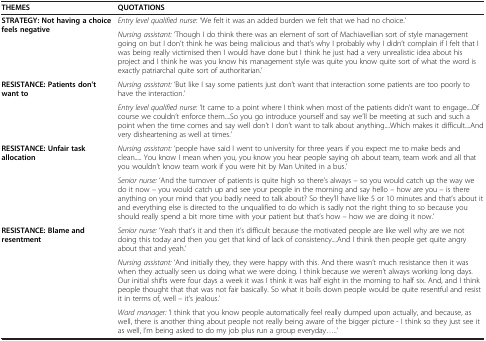
<table><thead><tr><td><b>THEMES</b></td><td><b>QUOTATIONS</b></td></tr></thead><tbody><tr><td rowspan="2"><b>STRATEGY: Not having a choice feels negative</b></td><td><i>Entry level qualified nurse:</i> ‘We felt it was an added burden we felt that we had no choice.’</td></tr><tr><td><i>Nursing assistant:</i> ‘Though I do think there was an element of sort of Machiavellian sort of style management going on but I don’t think he was being malicious and that’s why I probably why I didn’t complain if I felt that I was being really victimised then I would have done but I think he just had a very unrealistic idea about his project and I think he was you know his management style was quite you know quite sort of what the word is exactly patriarchal quite sort of authoritarian.’</td></tr><tr><td rowspan="2"><b>RESISTANCE: Patients don&#x27;t want to</b></td><td><i>Nursing assistant:</i> ‘But like I say some patients just don’t want that interaction some patients are too poorly to have the interaction.’</td></tr><tr><td><i>Entry level qualified nurse:</i> ‘It came to a point where I think when most of the patients didn’t want to engage....Of course we couldn’t enforce them....So you go introduce yourself and say we’ll be meeting at such and such a point when the time comes and say well don’t I don’t want to talk about anything....Which makes it difficult....And very disheartening as well at times.’</td></tr><tr><td rowspan="2"><b>RESISTANCE: Unfair task allocation</b></td><td><i>Nursing assistant:</i> ‘people have said I went to university for three years if you expect me to make beds and clean..... You know I mean when you, you know you hear people saying oh about team, team work and all that you wouldn’t know team work if you were hit by Man United in a bus.’</td></tr><tr><td><i>Senior nurse:</i> ‘And the turnover of patients is quite high so there’s always – so you would catch up the way we do it now – you would catch up and see your people in the morning and say hello – how are you – is there anything on your mind that you badly need to talk about? So they’ll have like 5 or 10 minutes and that’s about it and everything else is directed to the unqualified to do which is sadly not the right thing to so because you should really spend a bit more time with your patient but that’s how – how we are doing it now.’</td></tr><tr><td rowspan="2"><b>RESISTANCE: Blame and resentment</b></td><td><i>Senior nurse:</i> ‘Yeah that’s it and then it’s difficult because the motivated people are like well why are we not doing this today and then you get that kind of lack of consistency....And I think then people get quite angry about that and yeah.’</td></tr><tr><td><i>Nursing assistant:</i> ‘And initially they, they were happy with this. And there wasn’t much resistance then it was when they actually seen us doing what we were doing. I think because we weren’t always working long days. Our initial shifts were four days a week it was I think it was half eight in the morning to half six. And, and I think people thought that that was not fair basically. So what it boils down people would be quite resentful and resist it in terms of, well – it’s jealous.’</td></tr><tr><td> </td><td><i>Ward manager:</i> ‘I think that you know people automatically feel really dumped upon actually, and because, as well, there is another thing about people not really being aware of the bigger picture - I think so they just see it as well, I’m being asked to do my job plus run a group everyday.....’</td></tr></tbody></table>